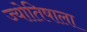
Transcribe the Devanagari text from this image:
ज्योतिषाला